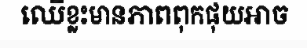
ឈើខ្លះមានភាពពុកផុយអាច